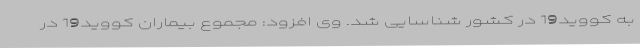
به کووید19 در کشور شناسایی شد. وی افزود: مجموع بیماران کووید19 در